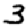
Digit: 3